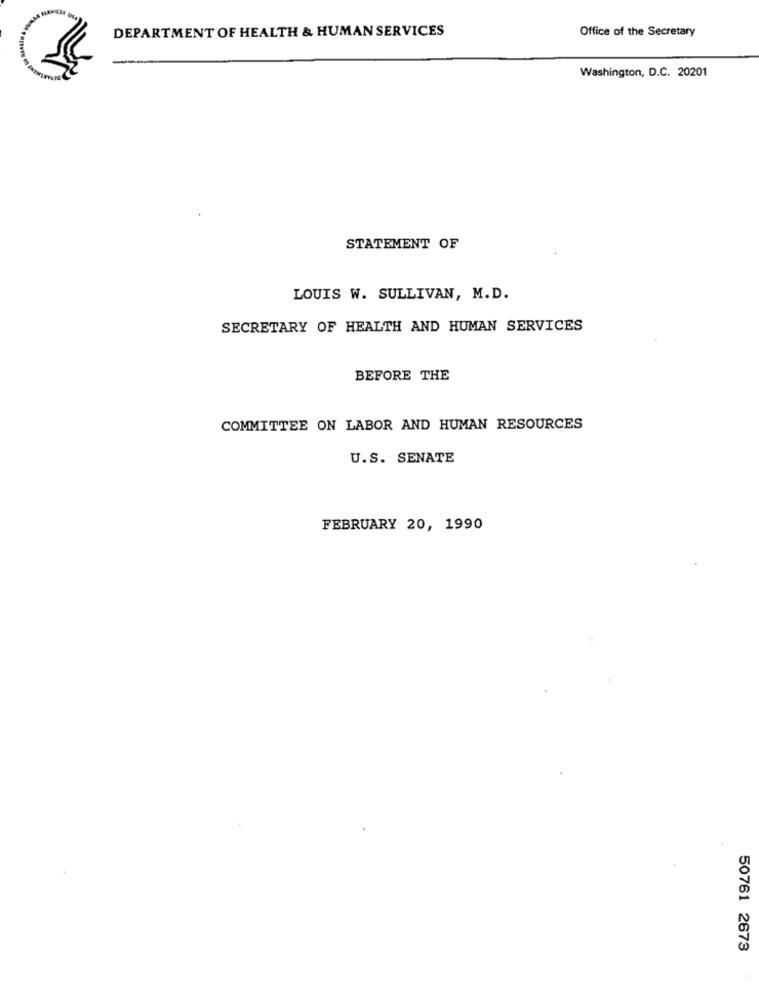
DEPARTMENT OF HEALTH & HUMAN SERVICES
Office of the Secretary
Washington, D.C. 20201
STATEMENT OF
LOUIS W. SULLIVAN, M.D.
SECRETARY OF HEALTH AND HUMAN SERVICES
BEFORE THE
COMMITTEE ON LABOR AND HUMAN RESOURCES
U.S. SENATE
FEBRUARY 20, 1990
50761 2673